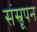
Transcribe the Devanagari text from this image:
संस्रूपन